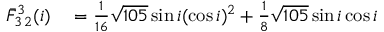
\begin{array} { r l } { \bar { F } _ { 3 \, 2 } ^ { 3 } ( i ) } & { { } = \frac { 1 } { 1 6 } \sqrt { 1 0 5 } \sin i ( \cos i ) ^ { 2 } + \frac { 1 } { 8 } \sqrt { 1 0 5 } \sin i \cos i } \end{array}